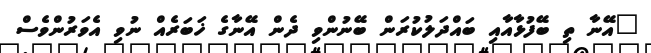
"އޭނާ ތި ބޭފުޅާއާއި ބައްދަލުކުރަން ބޭނުންވި ދެން އޭނާގެ ޚަބަރެއް ނުވި އެވަރުންވެސް